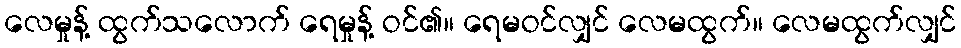
လေမှုန့် ထွက်သလောက် ရေမှုန့် ဝင်၏။ ရေမဝင်လျှင် လေမထွက်။ လေမထွက်လျှင်